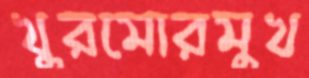
খুরমোরমুখ